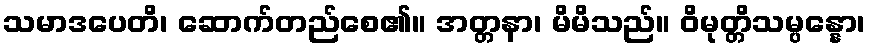
သမာဒပေတိ၊ ဆောက်တည်စေ၏။ အတ္တနာ၊ မိမိသည်။ ဝိမုတ္တိသမ္ပန္နော၊